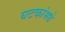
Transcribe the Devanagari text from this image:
घटकांमधे